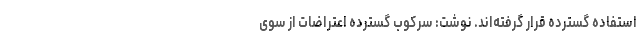
استفاده گسترده قرار گرفته‌اند. نوشت: سرکوب گسترده اعتراضات از سوی